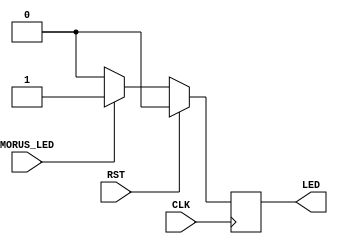
module LED(
    input MORUS_LED, CLK, RST, 
    output LED
);

reg r_LED;
always @(posedge CLK)begin
    if(RST)begin
        r_LED <= 0;
    end
    else if(MORUS_LED)begin
        r_LED <= 1;
    end
    else
        r_LED <= 0;
end

assign LED = r_LED;



endmodule